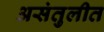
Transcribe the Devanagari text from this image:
असंतुलीत